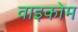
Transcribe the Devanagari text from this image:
वाइकोम